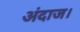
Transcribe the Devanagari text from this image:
अंदाज।